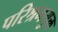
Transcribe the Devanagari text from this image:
परिश्रमयुक्त